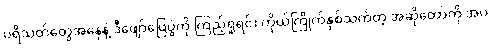
ပရိသတ်တွေအနေနဲ့ ဒီဖျော်ဖြေပွဲကို ကြည့်ရှုရင်း ကိုယ်ကြိုက်နှစ်သက်တဲ့ အဆိုတော်ကို အပ